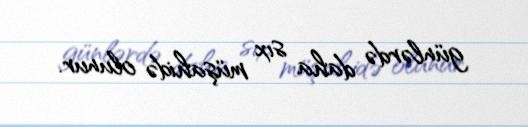
günlərdə daha sıx müşahidə olunur.